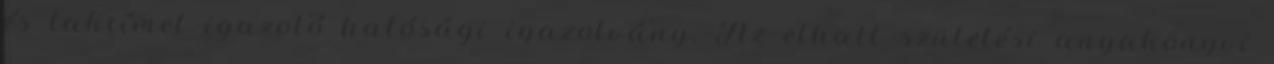
és lakcímet igazoló hatósági igazolvány. Az elhalt születési anyakönyvi